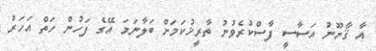
އާ ޤާނޫނު އަސާސީ ފާސްކުރެވުނު ތާރީޚުކަމަށް ބަލާނަމަ އޭގެ ފަހުން ހަތް އަހަރު